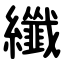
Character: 纖